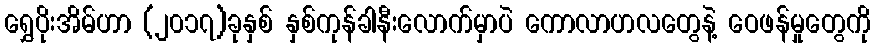
ရွှေပိုးအိမ်ဟာ (၂၀၁၇)ခုနှစ် နှစ်ကုန်ခါနီးလောက်မှာပဲ ကောလာဟလတွေနဲ့ ဝေဖန်မှုတွေကို